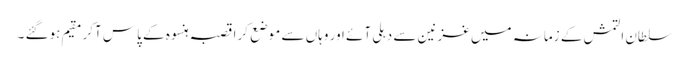
سلطان التمش کے زمانہ میں غزنین سے دہلی آئے اور وہاں سے موضع کرا قصبہ ہنسوہ کے پاس آکر مقیم ہوگئے ۔